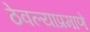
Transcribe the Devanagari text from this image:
ठेवल्याप्रमाणे